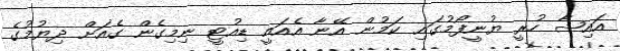
އައިޝާ ހުރީ ޔުނީފޯމުގައި ކަމުން އޭނާ އެއައީ ޑިއުޓީ ނިމިގެން ގެއަށް ދިޔުމުގެ